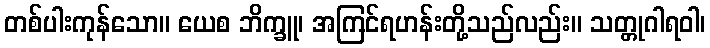
တစ်ပါးကုန်သော။ ယေစ ဘိက္ခူ၊ အကြင်ရဟန်းတို့သည်လည်း။ သတ္တုဂါရဝါ၊